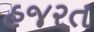
હજરત